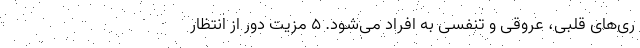
ری‌های قلبی، عروقی و تنفسی به افراد می‌شود. 5 مزیت دور از انتظار